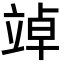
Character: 竨